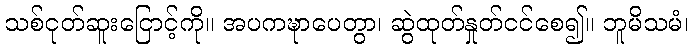
သစ်ငုတ်ဆူးငြောင့်ကို။ အပကဍ္ဎာပေတွာ၊ ဆွဲထုတ်နှုတ်ငင်စေ၍။ ဘူမိသမံ၊